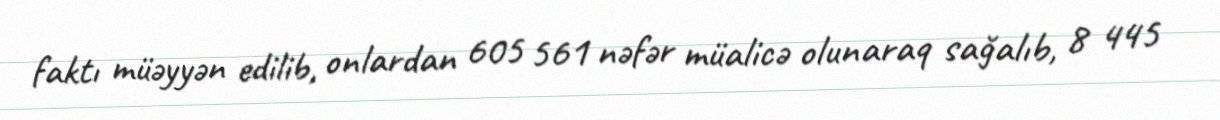
faktı müəyyən edilib, onlardan 605 561 nəfər müalicə olunaraq sağalıb, 8 445